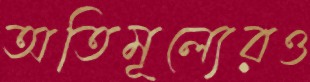
অতিমূল্যেরও